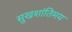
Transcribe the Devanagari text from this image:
सुखशांतिमय